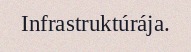
Infrastruktúrája.